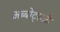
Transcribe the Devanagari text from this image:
अब्बोट्स्बरी